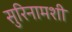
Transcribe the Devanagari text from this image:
सुरिनामशी